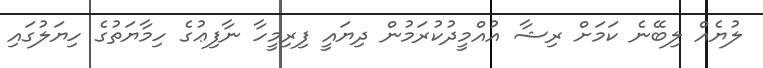
ލުޔެއް ލިބޭނެ ކަމަށް ރިޝާ އުއްމީދުކުރަމުން ދިޔައީ ފިރިމީހާ ނާފިޢުގެ ހިމާޔަތުގެ ހިޔަލުގައި